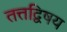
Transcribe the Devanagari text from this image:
तत्तद्विषय